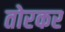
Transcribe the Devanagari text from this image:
तोरकर